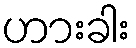
ဟားခါး